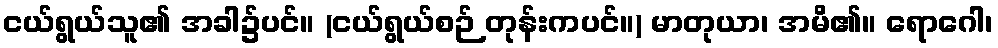
ငယ်ရွယ်သူ၏ အခါ၌ပင်။ (ငယ်ရွယ်စဉ် တုန်းကပင်။) မာတုယာ၊ အမိ၏။ ရောဂေါ၊